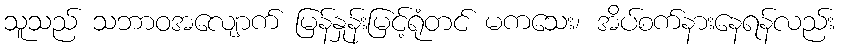
သူသည် သဘာဝအလျောက် မြန်နှုန်းမြင့်ရုံတင် မကသေး၊ အိပ်စက်နားနေရန်လည်း